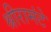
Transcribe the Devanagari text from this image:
श्रीरामंटे